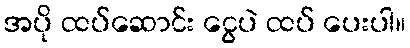
အပို ထပ်ဆောင်း ငွေပဲ ထပ် ပေးပါ။